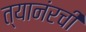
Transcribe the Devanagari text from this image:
त्यानंरची